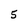
Character: 5